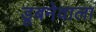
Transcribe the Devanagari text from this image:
डूबनेवाला